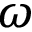
\omega